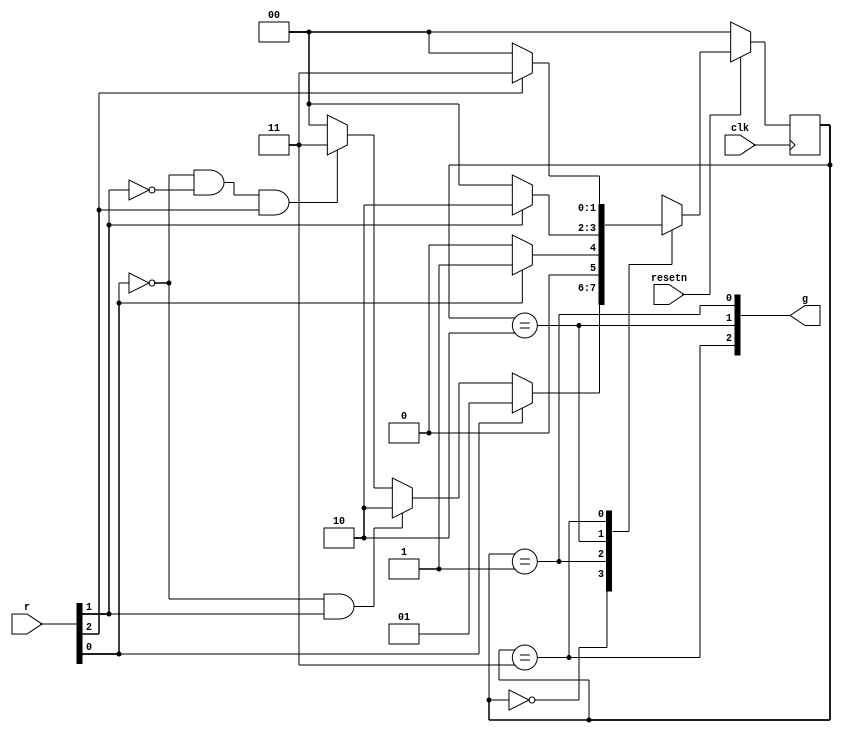
module top_module (
    input clk,
    input resetn,    // active-low synchronous reset
    input [3:1] r,   // request
    output [3:1] g   // grant
); 

    parameter a=2'd0, b=2'd1, c=2'd2, d=2'd3;
    reg [1:0] state, next_state;
    
    always@(*) begin
        case(state)
            a: begin
                if(r[1])    next_state = b;
                else if(~r[1] & r[2])   next_state = c;
                else if(~r[1] & ~r[2] & r[3])   next_state = d;
                else    next_state = a;
            end
            b: begin
                if(r[1])    next_state = b;
                else        next_state = a;
            end
            c: begin
                if(r[2])    next_state = c;
                else        next_state = a;
            end
            d: begin
                if(r[3])    next_state = d;
                else        next_state = a;
            end
        endcase
    end

    always@(posedge clk) begin
        if(~resetn)
            state <= a;
        else
            state <= next_state;
    end
    
    assign g[1] = (state == b);
    assign g[2] = (state == c);
    assign g[3] = (state == d);
    
    
endmodule